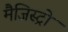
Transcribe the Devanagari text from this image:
मैजिस्ट्रो